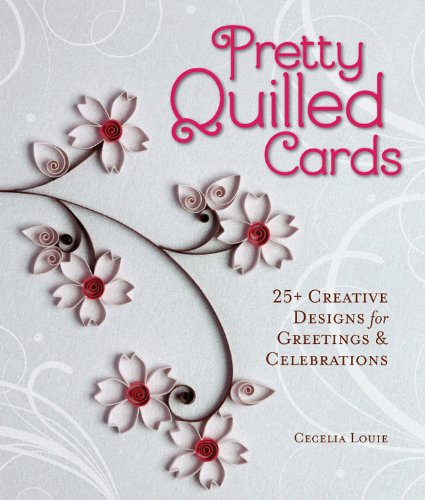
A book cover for Pretty Quilled Cards: 25+ Creative Designs for Greetings & Celebrations; Cecelia Louie; Crafts, Hobbies & Home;